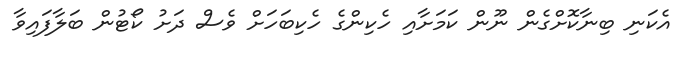
އެކަނި ބިނާކޮށްގެން ނޫން ކަމަށާއި ހެކިންގެ ހެކިބަހަށް ވެސް ދަށު ކޯޓުން ބަލާފައިވާ